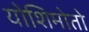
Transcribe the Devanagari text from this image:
योशिमोतो